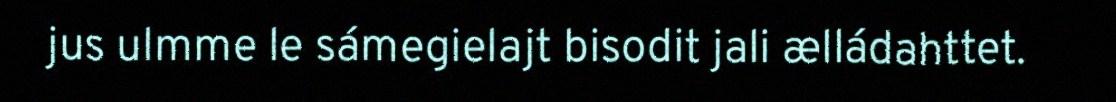
jus ulmme le sámegielajt bisodit jali ælládahttet.